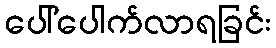
ပေါ်ပေါက်လာရခြင်း